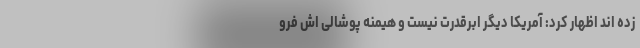
زده اند اظهار کرد: آمریکا دیگر ابرقدرت نیست و هیمنه پوشالی اش فرو